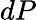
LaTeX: dP